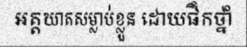
អត្តឃាតសម្លាប់ខ្លួន ដោយផឹកថ្នាំ